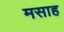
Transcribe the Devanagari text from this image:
मसाह